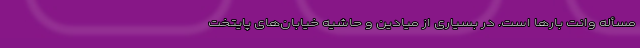
مسأله وانت بارها است. در بسیاری از میادین و حاشیه خیابان‌های پایتخت